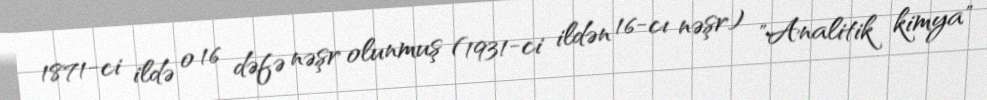
1871-ci ildə o 16 dəfə nəşr olunmuş (1931-ci ildən 16-cı nəşr) "Analitik kimya"